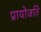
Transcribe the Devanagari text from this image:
प्रायोजति